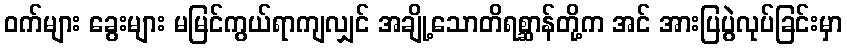
ဝက်များ ခွေးများ မမြင်ကွယ်ရာကျလျှင် အချို့သောတိရစ္ဆာန်တို့က အင် အားပြပွဲလုပ်ခြင်းမှာ